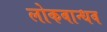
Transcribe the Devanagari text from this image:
लोकबान्धव